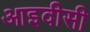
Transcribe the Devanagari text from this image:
आइवीसी